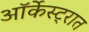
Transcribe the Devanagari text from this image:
ऑर्केस्ट्रात